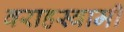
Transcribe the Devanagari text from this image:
वराहस्‍वामी